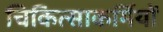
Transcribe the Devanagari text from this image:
चिकित्साकर्मियों